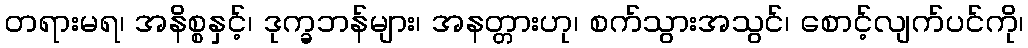
တရားမရ၊ အနိစ္စနှင့်၊ ဒုက္ခဘန်များ၊ အနတ္တားဟု၊ စက်သွားအသွင်၊ စောင့်လျက်ပင်ကို၊